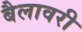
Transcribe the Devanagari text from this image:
बैलावरी